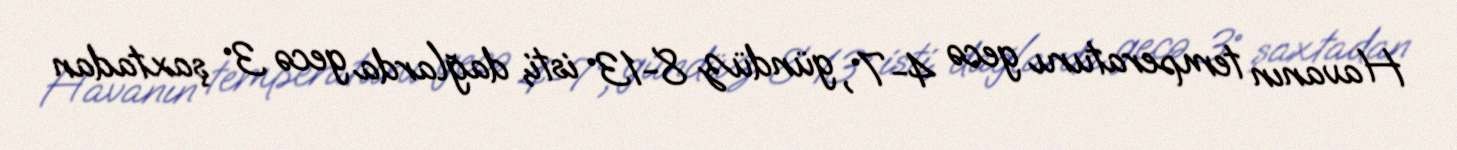
Havanın temperaturu gecə 4-7°, gündüz 8-13° isti, dağlarda gecə 3° şaxtadan